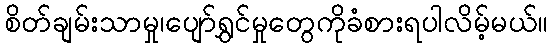
စိတ်ချမ်းသာမှု၊ပျော်ရွှင်မှုတွေကိုခံစားရပါလိမ့်မယ်။